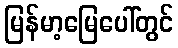
မြန်မာ့မြေပေါ်တွင်